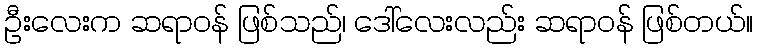
ဦးလေးက ဆရာဝန် ဖြစ်သည်၊ ဒေါ်လေးလည်း ဆရာဝန် ဖြစ်တယ်။